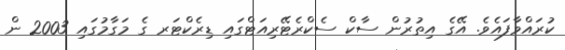
ކުރައްވާފައެވެ. އޭގެ އިތުރުން ސާކް ސެކްރެޓޭރިއަޓްގައި ޑިރެކްޓަރ ގެ މަގާމުގައި 2003 ން